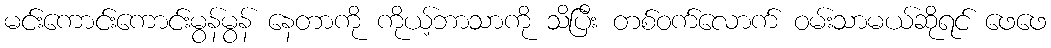
မင်းကောင်းကောင်းမွန်မွန် နေတာကို ကိုယ့်ဘာသာကို သိပြီး တစ်ဝက်လောက် ဝမ်းသာမယ်ဆိုရင် ဖေဖေ